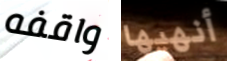
واقفه أنهيها